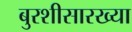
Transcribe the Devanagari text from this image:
बुरशीसारख्या